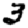
Digit: 3